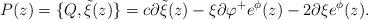
LaTeX: \begin{align*}P(z)=\{ Q,{\tilde \xi} (z)\}=c\partial {\tilde \xi}(z)-\xi\partial\varphi ^+e^{\phi}(z)-2\partial \xi e^{\phi}(z).\end{align*}